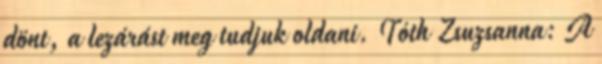
dönt, a lezárást meg tudjuk oldani. Tóth Zsuzsanna: A